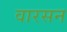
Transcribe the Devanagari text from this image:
वारसन